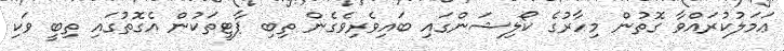
ޢަމަލުކުރައްވާ ގޮތުން މިހާރުގެ ކޯލިޝަންގައި ބައިވެރިވެގެން ތިބި ޕާޓީތަކުން އެގޮތުގައި ތިބީ ވަކި